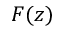
F ( z )